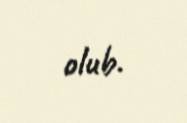
olub.